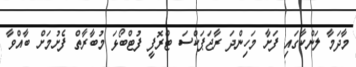
މާދަމާ ލަންކާގައި ފަށާ މަހިންދަ ރާޖަޕަކްސަ ޓްރޮފީ ފުޓްބޯޅަ މުބާރާތް ފެށުމަށް ބާއްވާ